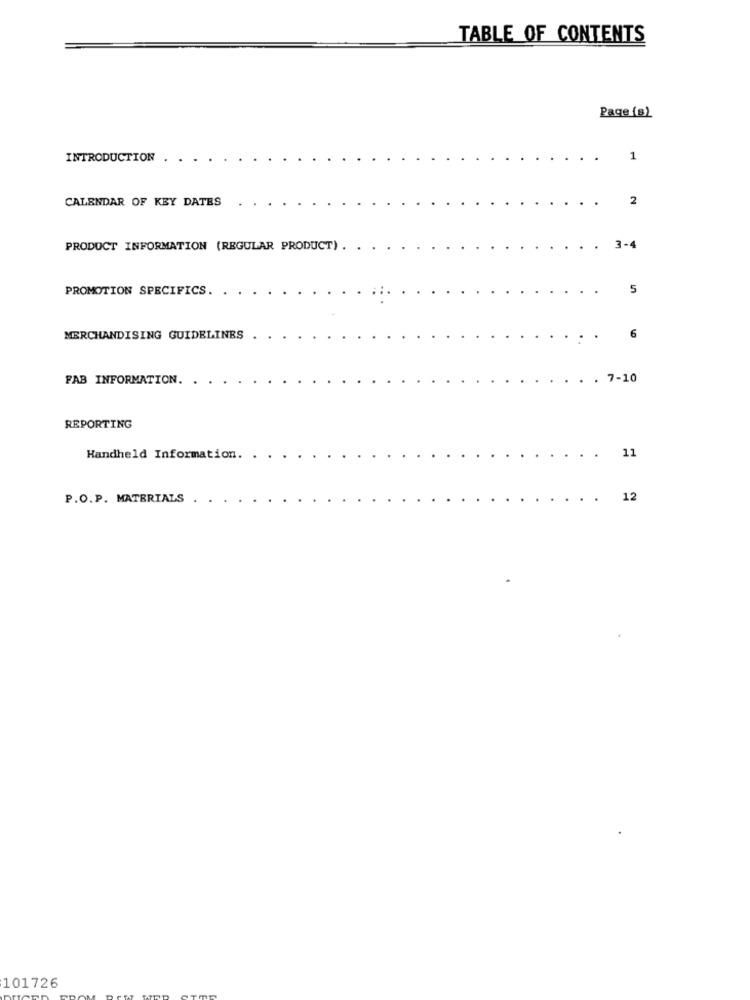
TABLE OF CONTENTS
Page (s)
INTRODUCTION
1
CALENDAR OF KEY DATES
2
PRODUCT INFORMATION (REGULAR PRODUCT) .
3-4
PROMOTION SPECIFICS.
5
MERCHANDISING GUIDELINES
6
FAB INFORMATION.
. 7-10
REPORTING
11
Handheld Information.
P.O.P. MATERIALS
12
101726